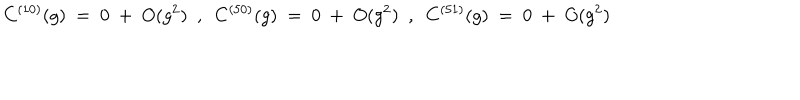
LaTeX: C ^ { ( 1 0 ) } ( g ) ~ = ~ 0 ~ + ~ O ( g ^ { 2 } ) ~ ~ , ~ ~ C ^ { ( 5 0 ) } ( g ) ~ = ~ 0 ~ + ~ O ( g ^ { 2 } ) ~ ~ , ~ ~ C ^ { ( 5 1 ) } ( g ) ~ = ~ 0 ~ + ~ O ( g ^ { 2 } )